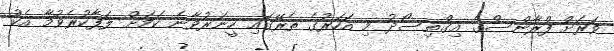
ވަރަށް ފްރާންސްގެ އިގްތިސޯދު މި އަހަރުގެ ތެރޭގައި ހީނަރުވާނެ ކަމަށް ލަފާކުރެވުމާ އެކު